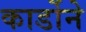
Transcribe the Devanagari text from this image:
कार्डोने